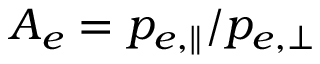
A _ { e } = p _ { e , \parallel } / p _ { e , \perp }